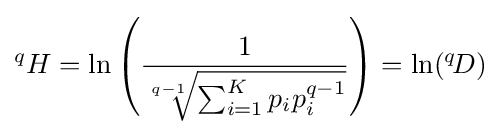
{}^{q}H=\ln \left({1 \over {\sqrt[{q-1}]{\sum _{i=1}^{K}p_{i}p_{i}^{q-1}}}}\right)=\ln({}^{q}\!D)